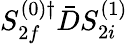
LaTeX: S_{2f}^{(0)\dagger}\bar{D}S_{2i}^{(1)}